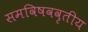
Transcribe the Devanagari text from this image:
समविषववृतीय